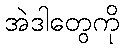
အဲဒါတွေကို